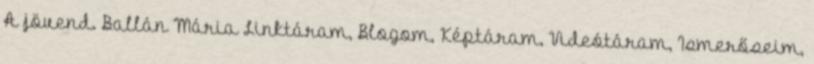
A jövend. Ballán Mária Linktáram, Blogom, Képtáram, Videótáram, Ismerőseim,